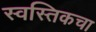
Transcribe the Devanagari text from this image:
स्वस्तिकचा